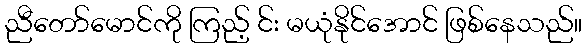
ညီတော်မောင်ကို ကြည့် င်း မယုံနိုင်အောင် ဖြစ်နေသည်။